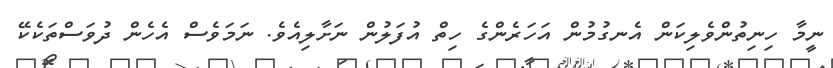
ނީމާ ހިނިތުންވެލިކަން އެނގުމުން އަހަރެންގެ ހިތް އުފަލުން ނަށާލިއެވެ. ނަމަވެސް އެހެން ދުވަސްތަކެކޭ